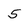
Character: 5